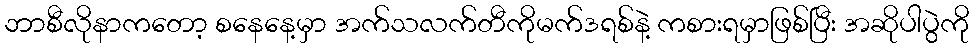
ဘာစီလိုနာကတော့ စနေနေ့မှာ အက်သလက်တီကိုမက်ဒရစ်နဲ့ ကစားရမှာဖြစ်ပြီး အဆိုပါပွဲကို